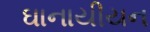
ઘાનાયીયન